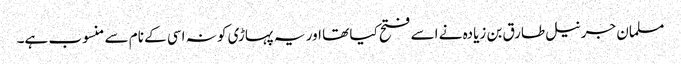
مسلمان جرنیل طارق بن زیادہ نے اسے فتح کیا تھا اور یہ پہاڑی کو نہ اسی کے نام سے منسوب ہے۔